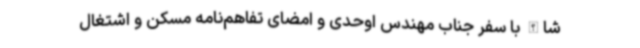
‌شا‌الله با سفر جناب مهندس اوحدی و امضای تفاهم‌نامه مسکن و اشتغال